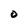
Character: O